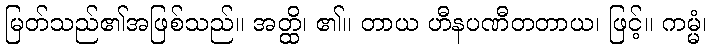
မြတ်သည်၏အဖြစ်သည်။ အတ္ထိ၊ ၏။ တာယ ဟီနပဏီတတာယ၊ ဖြင့်။ ကမ္မံ၊